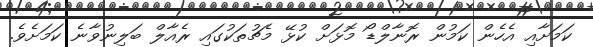
ކަމަށާއި އެހެން ކަމުން ރޮނާލްޑޯ މޮޅަށް ކުޅޭ މެޗުތަކުގައި ރެއާލް ބަލިނުވާނެ ކަމަށެވެ.